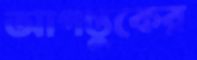
আগন্তুকের